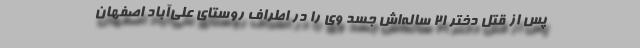
پس از قتل دختر ۲۱ ساله‌اش جسد وی را در اطراف روستای علی‌آباد اصفهان